Report of an investigation of the epidemic of malarial fever in Assam, or, kala-azar
Disease focus: Malaria
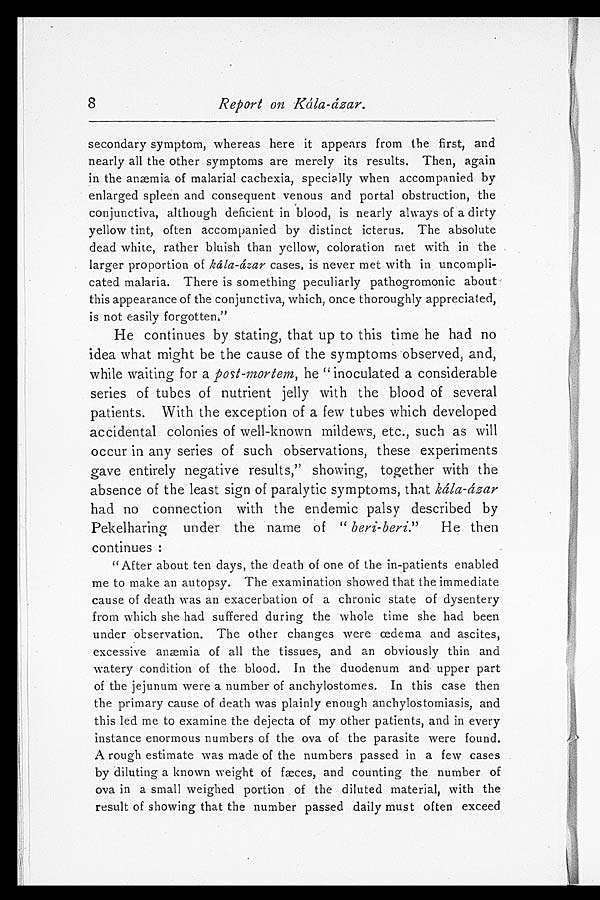
8
Report on Kála-ázar.
secondary symptom, whereas here it appears from the first, and
nearly all the other symptoms are merely its results. Then, again
in the anæmia of malarial cachexia, specially when accompanied by
enlarged spleen and consequent venous and portal obstruction, the
conjunctiva, although deficient in blood, is nearly always of a dirty
yellow tint, often accompanied by distinct icterus. The absolute
dead white, rather bluish than yellow, coloration met with in the
larger proportion of
ká
la-ázar cases, is never met with in uncompli-
cated malaria. There is something peculiarly pathogromonic about
this appearance of the conjunctiva, which, once thoroughly appreciated,
is not easily forgotten."
He continues by stating, that up to this time he had no
idea what might be the cause of the symptoms observed, and,
while waiting for a post-mortem, he "inoculated a considerable
series of tubes of nutrient jelly with the blood of several
patients. With the exception of a few tubes which developed
accidental colonies of well-known mildews, etc., such as will
occur in any series of such observations, these experiments
gave entirely negative results," showing, together with the
absence of the least sign of paralytic symptoms, that kála-ázar
had no connection with the endemic palsy described by
Pekelharing under the name of " beri-beri." He then
continues:
"After about ten days, the death of one of the in-patients enabled
me to make an autopsy. The examination showed that the immediate
cause of death was an exacerbation of a chronic state of dysentery
from which she had suffered during the whole time she had been
under observation. The other changes were œdema and ascites,
excessive anæmia of all the tissues, and an obviously thin and
watery condition of the blood. In the duodenum and upper part
of the jejunum were a number of anchylostomes. In this case then
the primary cause of death was plainly enough anchylostomiasis, and
this led me to examine the dejecta of my other patients, and in every
instance enormous numbers of the ova of the parasite were found.
A rough estimate was made of the numbers passed in a few cases
by diluting a known weight of fæces, and counting the number of
ova in a small weighed portion of the diluted material, with the
result of showing that the number passed daily must often exceed